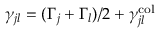
\gamma _ { j l } = ( \Gamma _ { j } + \Gamma _ { l } ) / 2 + \gamma _ { j l } ^ { \mathrm { c o l } }